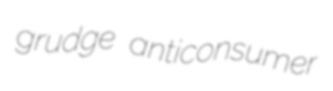
grudge anticonsumer